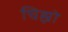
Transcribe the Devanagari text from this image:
चिह्नो